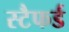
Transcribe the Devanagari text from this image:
स्टैफर्ड